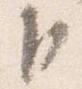
臣